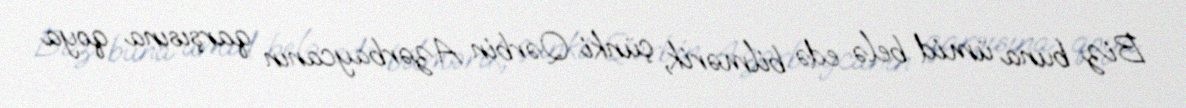
Biz buna ümid belə edə bilmərik, çünki Qərbin Azərbaycanın qarşısına qoya